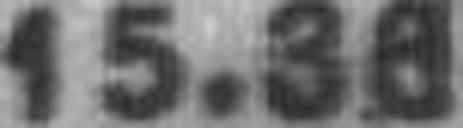
15.38